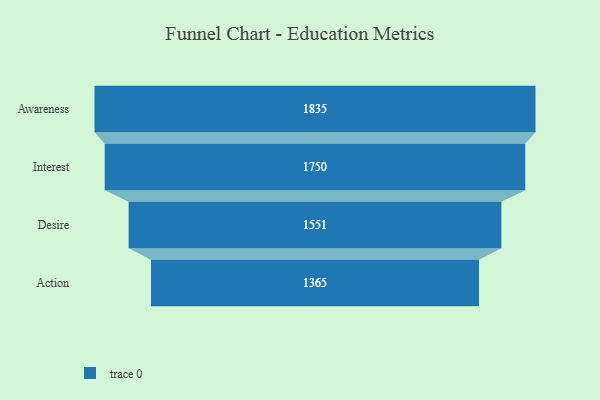
{"axis": {"x": "Stage", "y": "Value"}, "legend": [""], "data": [{"x": "Awareness", "y": 1835.0, "type": ""}, {"x": "Interest", "y": 1750.0, "type": ""}, {"x": "Desire", "y": 1551.0, "type": ""}, {"x": "Action", "y": 1365.0, "type": ""}]}